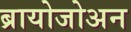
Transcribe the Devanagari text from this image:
ब्रायोजोअन